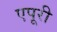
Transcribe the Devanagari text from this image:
एपूरी